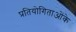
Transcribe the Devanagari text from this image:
प्रतियोगिताओंके